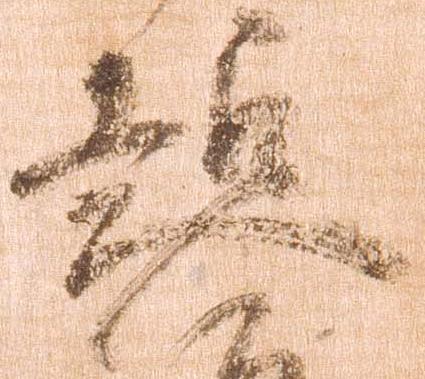
超